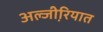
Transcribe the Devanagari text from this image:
अल्जी़रियात